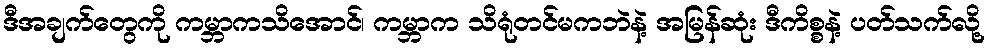
ဒီအချက်တွေကို ကမ္ဘာကသိအောင်၊ ကမ္ဘာက သိရုံတင်မကဘဲနဲ့ အမြန်ဆုံး ဒီကိစ္စနဲ့ ပတ်သက်လို့